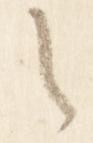
之